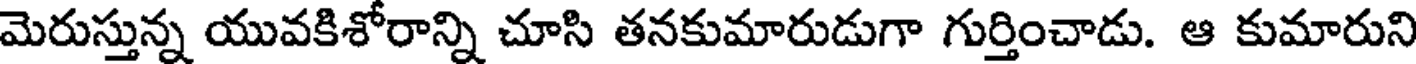
మెరుస్తున్న యువకిశోరాన్ని చూసి తనకుమారుడుగా గుర్తించాడు. ఆ కుమారుని